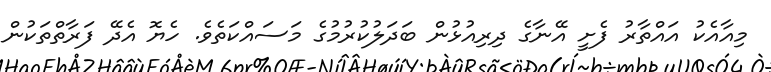
މިއާއެކު އައްތާރު ފެށީ އޭނާގެ ދިރިއުޅުން ބަދަލުކުރުމުގެ މަސައްކަތެވެ. ހެޔޮ އެދޭ ފަރާތްތަކުން